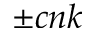
\pm c n k